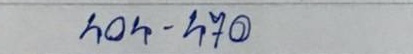
404 - 470